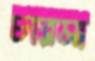
চারমা